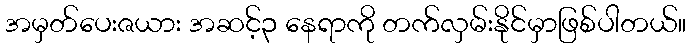
အမှတ်ပေးဇယား အဆင့်၃ နေရာကို တက်လှမ်းနိုင်မှာဖြစ်ပါတယ်။